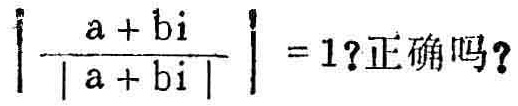
$\left|\frac{a + b\mathrm{i}}{|a + b\mathrm{i}|}\right| = 1?$